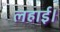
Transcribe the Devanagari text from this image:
लहाई।